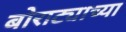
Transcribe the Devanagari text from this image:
बोराट्याच्या